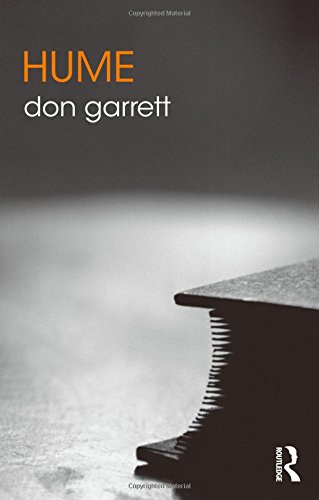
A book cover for Hume (The Routledge Philosophers); Don Garrett; Politics & Social Sciences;